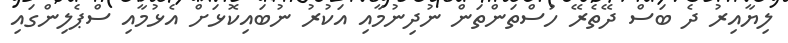
ލިޔާއިރު ދެ ބަސް ދޭތެރޭ ހުސްތަންތަން ނުދިނުމާއި އަކުރު ނުބައިކޮޅަށް އެޅުމާއި ސްޕެލިންގައި